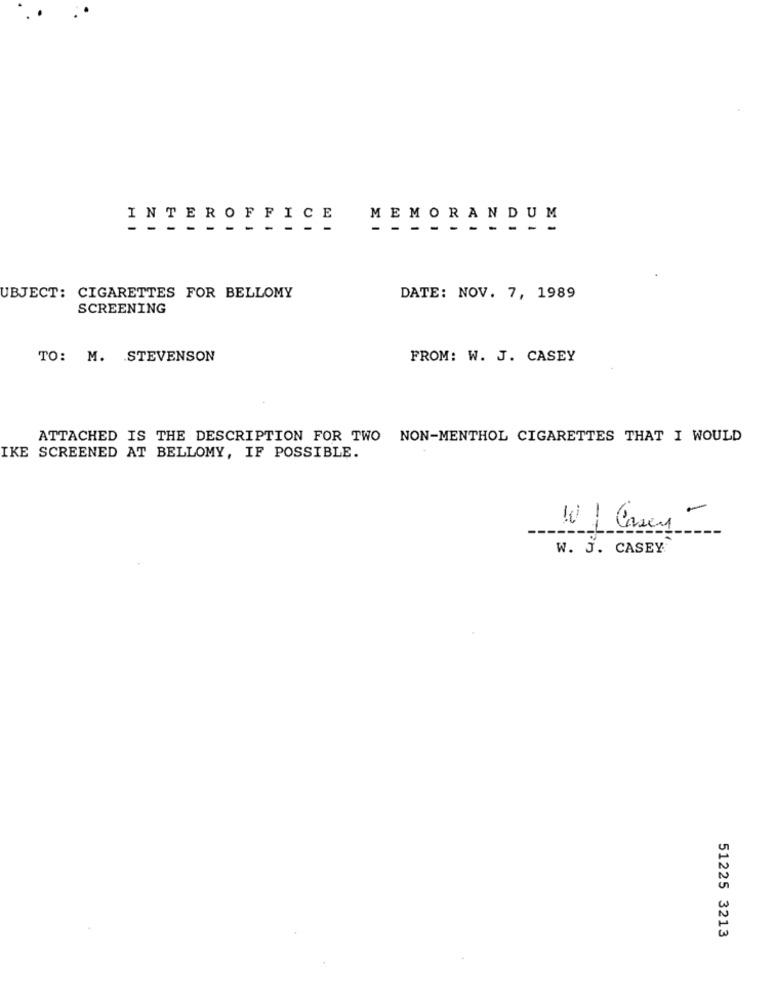
INTEROFFICE
MEMORANDUM
UBJECT: CIGARETTES FOR BELLOMY
DATE: NOV. 7, 1989
SCREENING
TO: M. STEVENSON
FROM: W. J. CASEY
ATTACHED IS THE DESCRIPTION FOR TWO NON-MENTHOL CIGARETTES THAT I WOULD
IKE SCREENED AT BELLOMY, IF POSSIBLE.
W. 3. CASEY
51225 3213